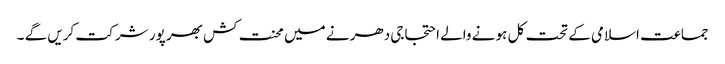
جماعت اسلامی کے تحت کل ہو نے والے احتجاجی دھر نے میں محنت کش بھر پور شر کت کریں گے ۔